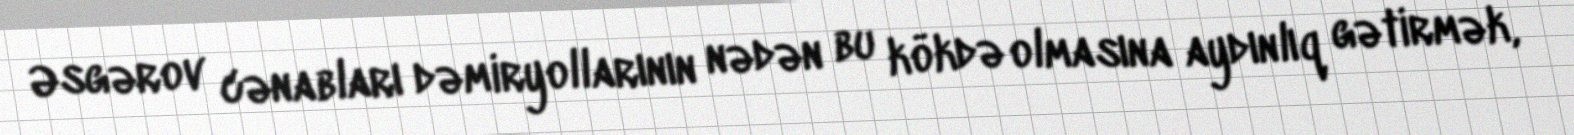
Əsgərov cənabları dəmiryollarının nədən bu kökdə olmasına aydınlıq gətirmək,